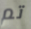
تم